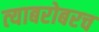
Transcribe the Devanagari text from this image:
त्‍याबरोबरच